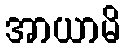
အာယာမိ